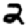
Digit: 2